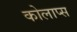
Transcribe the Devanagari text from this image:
कोलाप्स